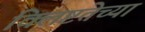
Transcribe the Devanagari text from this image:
क्लिष्टतेच्या